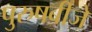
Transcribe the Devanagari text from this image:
पुरुषबीजे